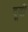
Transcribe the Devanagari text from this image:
दूर्वी